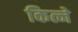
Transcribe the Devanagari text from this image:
कित्ने